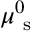
\mu _ { \mathrm { ~ s ~ } } ^ { 0 }